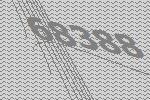
68388